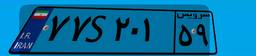
۷۷S۲۰۱۵۹